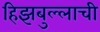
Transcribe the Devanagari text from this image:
हिझबुल्लाची